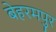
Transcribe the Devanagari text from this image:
बेहरमपुर